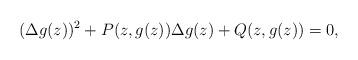
LaTeX: \begin{align*}(\Delta g(z))^2+P(z,g(z))\Delta g(z)+Q(z,g(z))=0,\end{align*}